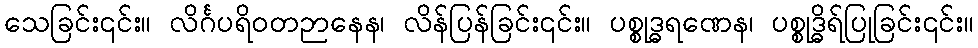
သေခြင်း၎င်း။ လိင်္ဂပရိဝတဉာနေန၊ လိန်ပြန်ခြင်း၎င်း။ ပစ္စုဒ္ဓရဏေန၊ ပစ္စုဒ္ဓိရ်ပြုခြင်း၎င်း။